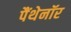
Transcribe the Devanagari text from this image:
पैंथेनॉर